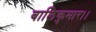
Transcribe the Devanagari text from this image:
बालिकुमार।।